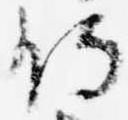
侍